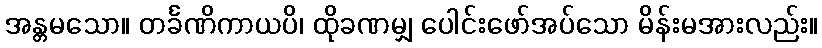
အန္တမသော။ တင်္ခဏိကာယပိ၊ ထိုခဏမျှ ပေါင်းဖော်အပ်သော မိန်းမအားလည်း။